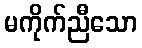
မကိုက်ညီသော